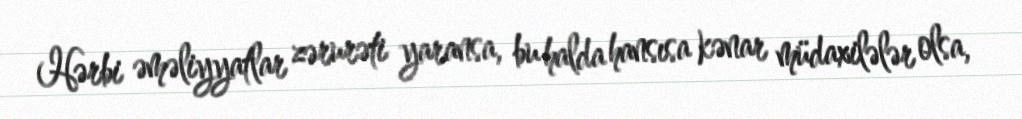
Hərbi əməliyyatlar zərurəti yaransa, bu halda hansısa kənar müdaxilələr olsa,